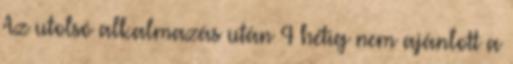
Az utolsó alkalmazás után 4 hétig nem ajánlott a